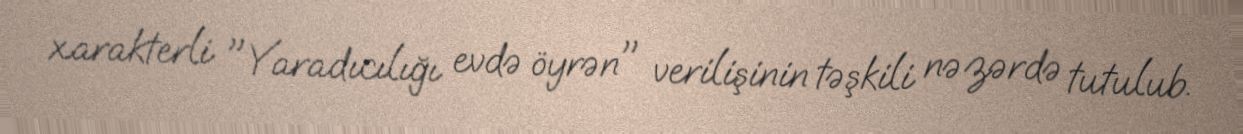
xarakterli "Yaradıcılığı evdə öyrən" verilişinin təşkili nəzərdə tutulub.